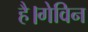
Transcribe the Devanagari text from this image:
है।गेविन